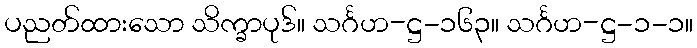
ပညတ်ထားသော သိက္ခာပုဒ်။ သင်္ဂဟ-ဋ္ဌ-၁၆၃။ သင်္ဂဟ-ဋ္ဌ-၁-၁။